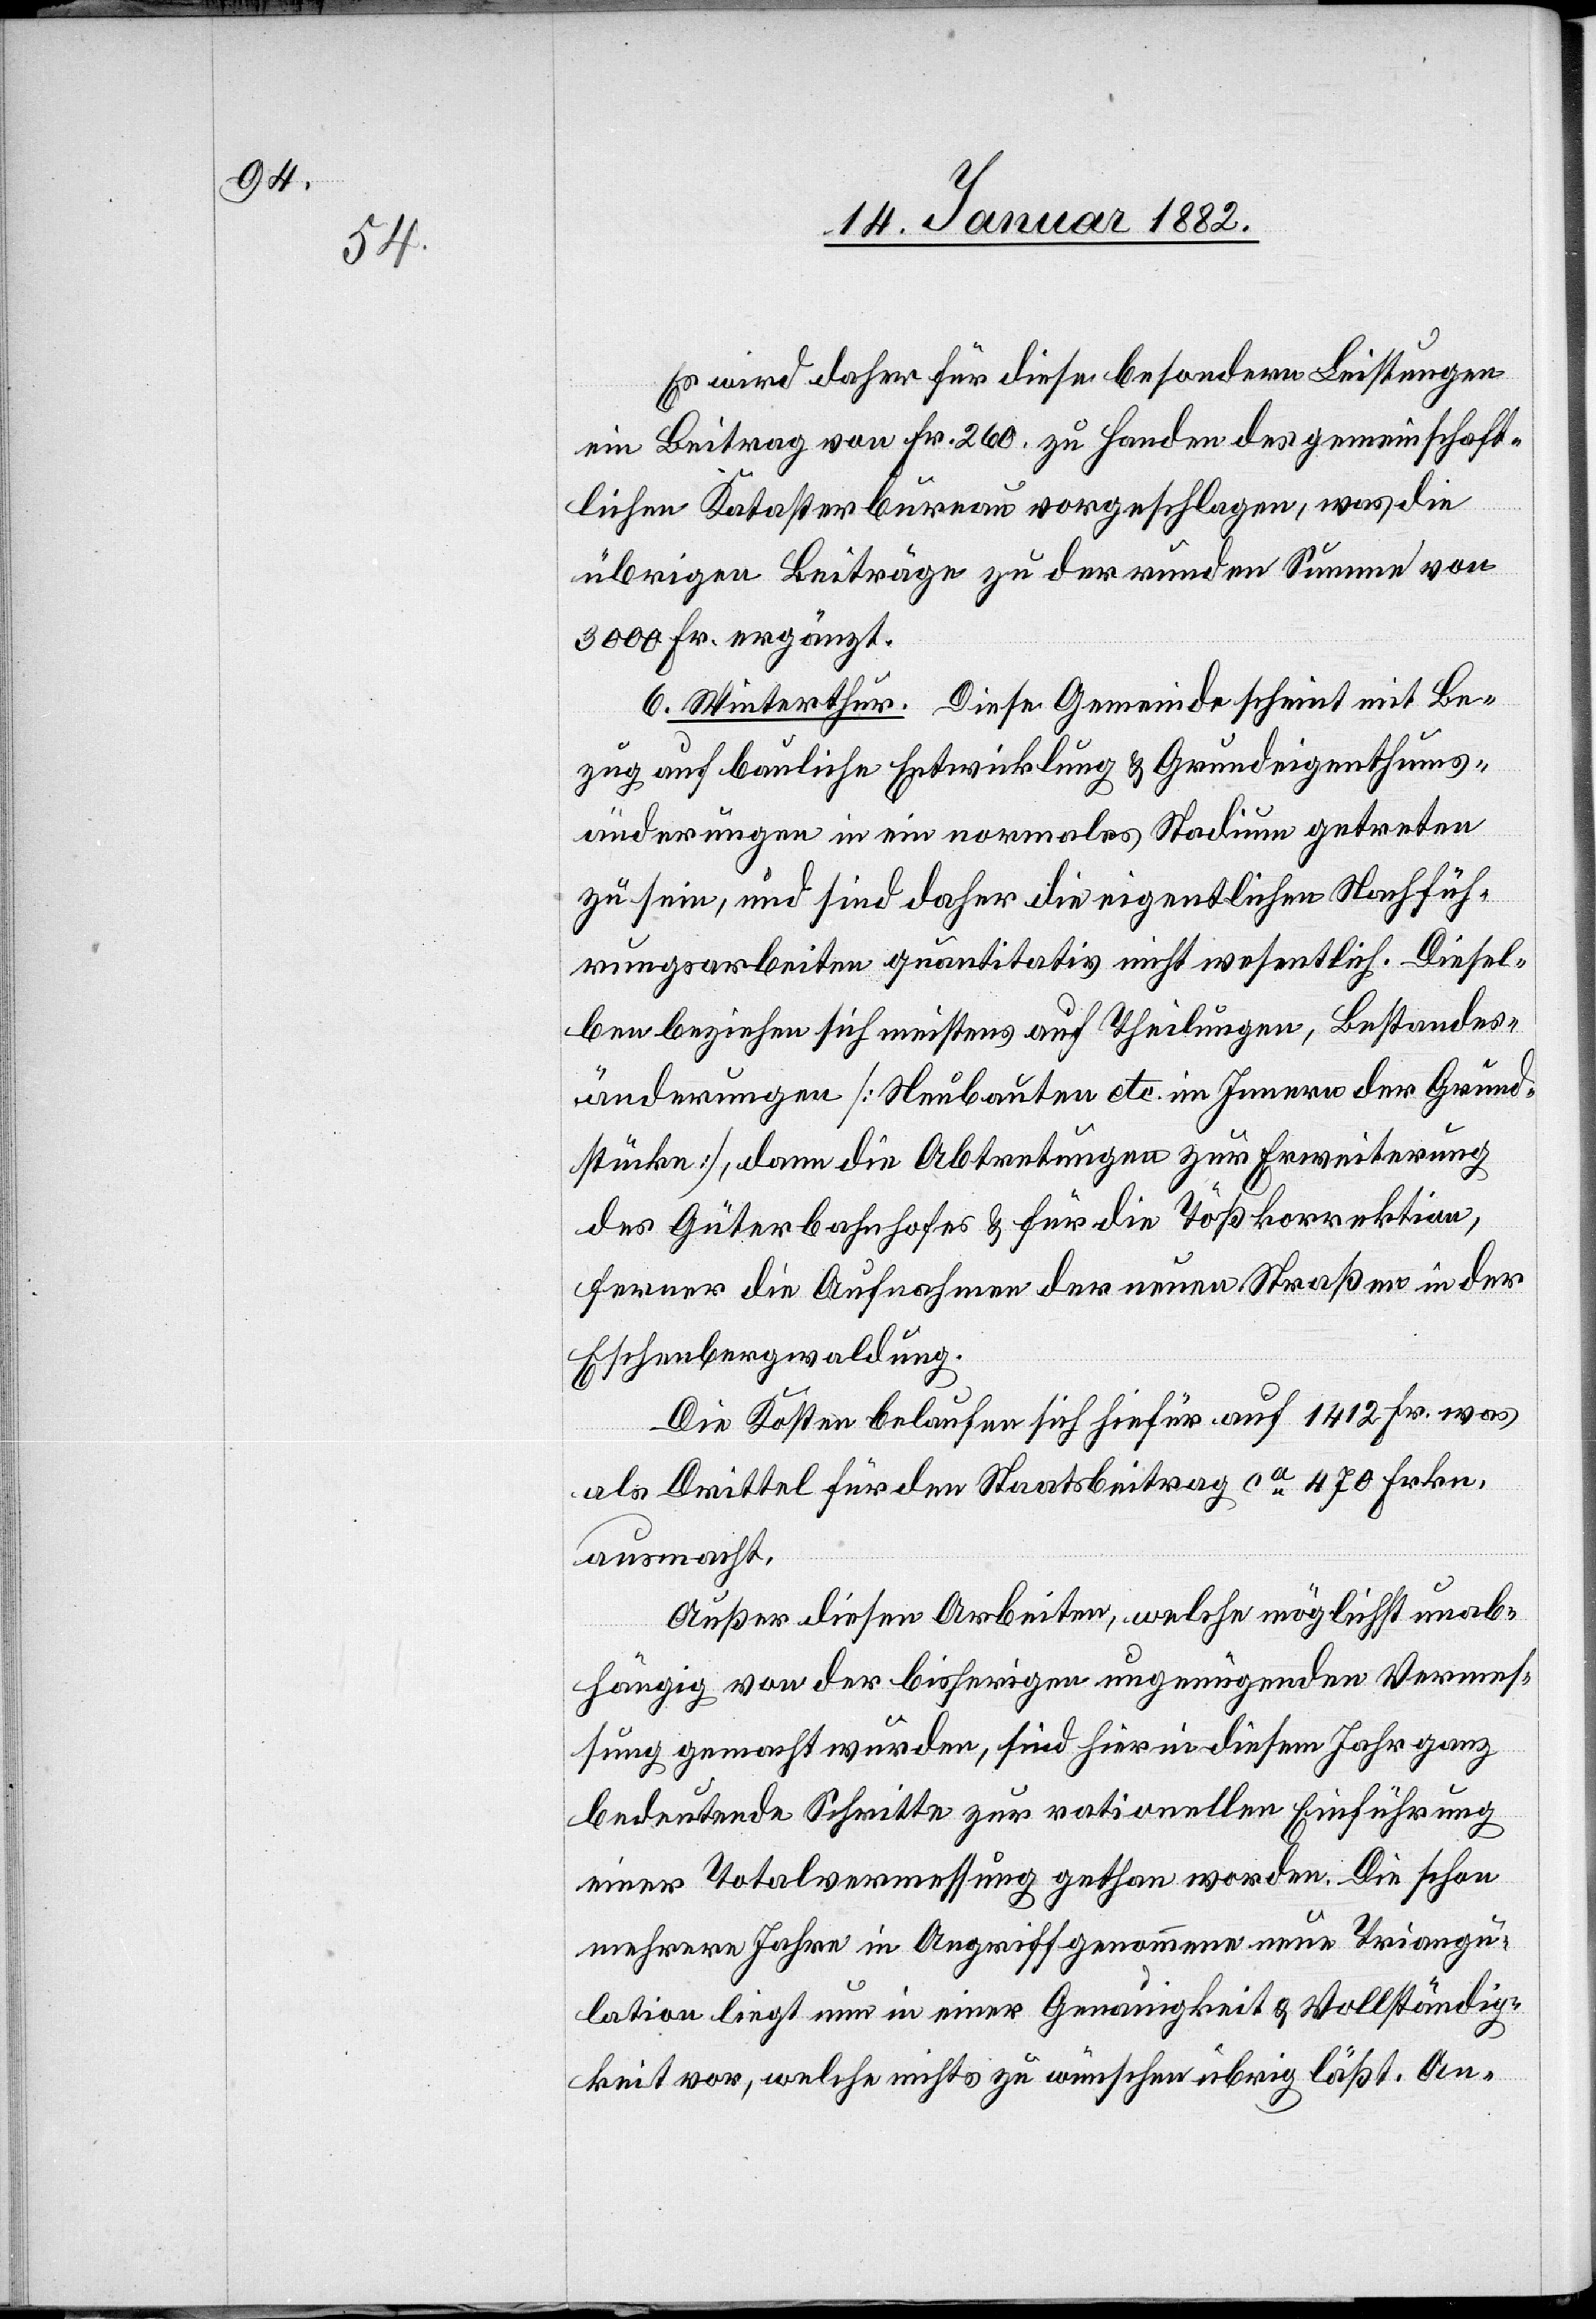
Es wird daher für diese besonderen Leistungen
ein Beitrag von Fr. 260. zu Handen des gemeinschaft¬
lichen Katasterbureaus vorgeschlagen, was die
übrigen Beiträge zu der runden Summe von
3000 Fr. ergänzt.
6. Winterthur. Diese Gemeinde scheint mit Be¬
zug auf bauliche Entwicklung & Grundeigenthums¬
änderungen in ein normales Stadium getreten
zu sein, und sind daher die eigentlichen Nachfüh¬
rungsarbeiten quantitativ nicht wesentlich. Diesel¬
ben beziehen sich meistens auf Theilungen, Bestandes¬
änderungen [Neubauten etc. im Innern der Grund¬
stücke], dann die Abtretungen zur Erweiterung
des Güterbahnhofes & für die Tößkorrektion,
ferner die Aufnahmen der neuen Straßen in der
Eschenbergwaldung.
Die Kosten belaufen sich hiefür auf 1412 Fr. was
als Drittel für den Staatsbeitrag ca 470 Frkn.
Ausmacht.
Außer diesen Arbeiten, welche möglichst unab¬
hängig von der bisherigen ungenügenden Vermes¬
sung gemacht wurden, sind für in diesem Jahr ganz
bedeutende Schritte zur rationellen Einführung
einer Totalvermessung gethan worden. Die schon
mehrere Jahre in Angriff genommene neue Triangu¬
lation liegt nun in einer Genauigkeit & Vollständig¬
keit vor, welche nichts zu wünschen übrig läßt. An-